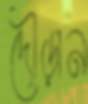
দৌড়ান